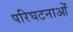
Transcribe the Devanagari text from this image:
परिघटनाओंं